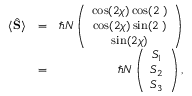
\begin{array} { r l r } { \langle \hat { \bf S } \rangle } & { = } & { \hbar N \left( \begin{array} { c } { \cos ( 2 \chi ) \cos ( 2 { \it \Psi } ) } \\ { \cos ( 2 \chi ) \sin ( 2 { \it \Psi } ) } \\ { \sin ( 2 \chi ) } \end{array} \right) } \\ & { = } & { \hbar N \left( \begin{array} { c } { S _ { 1 } } \\ { S _ { 2 } } \\ { S _ { 3 } } \end{array} \right) , } \end{array}